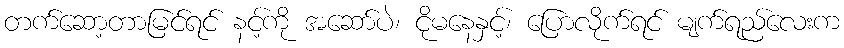
တက်ဆော့တာမြင်ရင် နင့်ကို အဆော်ပဲ၊ ငိုမနေနှင့်၊ ပြောလိုက်ရင် မျက်ရည်လေးက